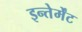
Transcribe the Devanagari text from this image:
इन्तेर्मेंट